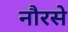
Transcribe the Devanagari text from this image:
नौरसे